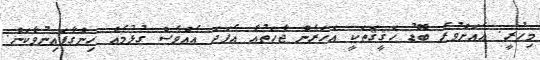
މިހުރީ. އެއަށްވުރެ ބޮޑު ހަޤީޤަތަކީ އަހަރެން ޖާހަތުއާ އެފަދަ އެއްވެސް ގުޅުމެއް ހިންގާފައިނުވާކަން.